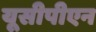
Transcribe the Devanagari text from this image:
यूसीपीएन